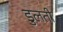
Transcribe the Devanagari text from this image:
डुलती